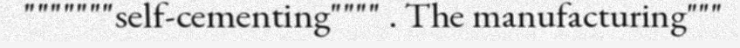
"""""""self-cementing"""" . The manufacturing"""